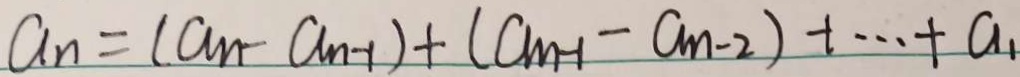
a _ { n } = ( a _ { n } - a _ { n - 1 } ) + ( a _ { n - 1 } - a _ { n - 2 } ) + \cdots + a _ { 1 }